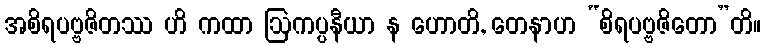
အစိရပဗ္ဗဇိတဿ ဟိ ကထာ ဩကပ္ပနီယာ န ဟောတိ, တေနာဟ “စိရပဗ္ဗဇိတော”တိ။